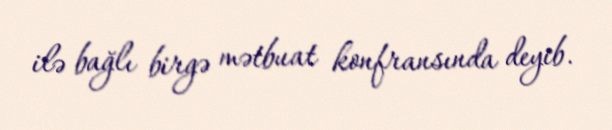
ilə bağlı birgə mətbuat konfransında deyib.